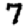
Digit: 7